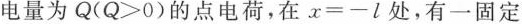
电量为Q(Q>0)的点电荷，在$$x=-l$$处，有一固定